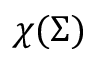
\chi ( \Sigma )